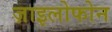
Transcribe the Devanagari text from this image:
ज़ाइलोफोन